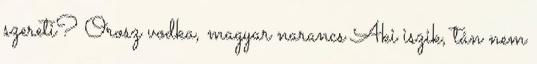
szereti? Orosz vodka, magyar narancs Aki iszik, tán nem